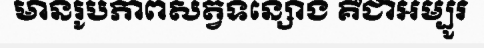
មានរូបភាពសត្វទន្សោង គឺជាអម្បូរ